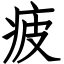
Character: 疲